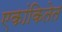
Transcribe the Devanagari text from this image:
एकांकितेत